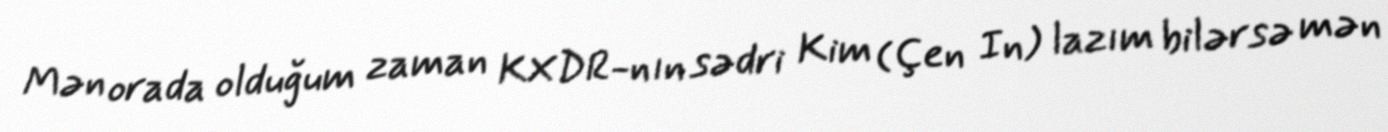
Mən orada olduğum zaman KXDR-nın sədri Kim (Çen In) lazım bilərsə mən